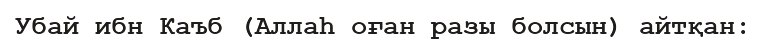
Убай ибн Каъб (Аллаһ оған разы болсын) айтқан: